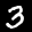
Label: 3